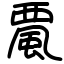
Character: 𩗏